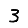
Digit: 3